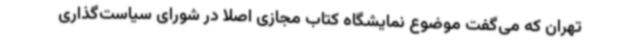
تهران که می‌گفت موضوع نمایشگاه کتاب مجازی اصلا در شورای سیاست‌گذاری